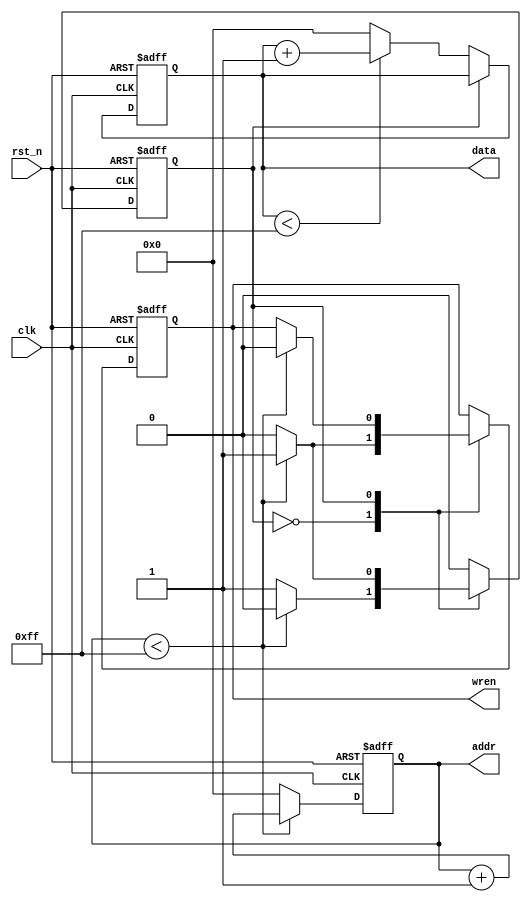
//edit by : li
//edit data : 2018 Apr.13
// 
module ram_control_demo (
				clk,
				rst_n,
				wren,
				addr,
				data
				);
	input clk;
	input rst_n;
	output reg wren;          //read and write signal
	output reg [7:0] addr;    //address signal
	output reg [7:0] data;    //
	reg state;
always @(posedge clk or negedge rst_n)
	begin
		if(!rst_n) begin 
			wren <= 0;
			addr <= 0;
			data <= 0;
			state <= 0;
		end
			else
			begin
				case (state)
					0 : begin
						if (addr < 255)  // generate data ,for test data increase from 0 to 255
							begin
							
								addr <= addr + 1;
								wren <= 1;
							end
								
						else
							begin
								addr <= 0;
								state <= 1;
								wren <= 0;
							end
						if (data < 255) data <= data + 1;
						else data <= 0;
						end
							
					1 : begin
						if (addr < 255)  //addr between 0 and 255, enable write
						begin 
							addr <= addr + 1;
							wren <= 0;            //read
							end
						else begin
							state <= 0;  //clear 0
							addr <= 0;
						end
						end
						default : state <= 0;
				endcase

			end
	end
endmodule